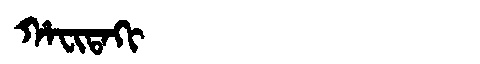
Manchu: ᡥᠠᠸᡳᡨᠠᡴᡳ
Romanization: HAFITAKI